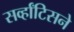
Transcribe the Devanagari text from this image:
सर्व्हांटिसने